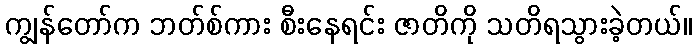
ကျွန်တော်က ဘတ်စ်ကား စီးနေရင်း ဇာတိကို သတိရသွားခဲ့တယ်။